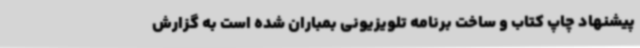
پیشنهاد چاپ کتاب و ساخت برنامه تلویزیونی بمباران شده است به گزارش